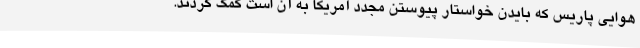
هوایی پاریس که بایدن خواستار پیوستن مجدد آمریکا به آن است کمک کردند.